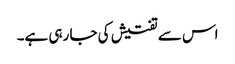
اس سے تفتیش کی جا رہی ہے۔